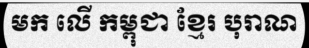
មក លើ កម្ពុជា ខ្មែរ បុរាណ